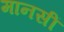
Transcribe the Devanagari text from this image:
मानसीं